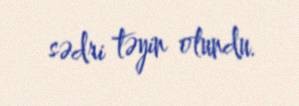
sədri təyin olundu.